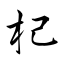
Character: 杞